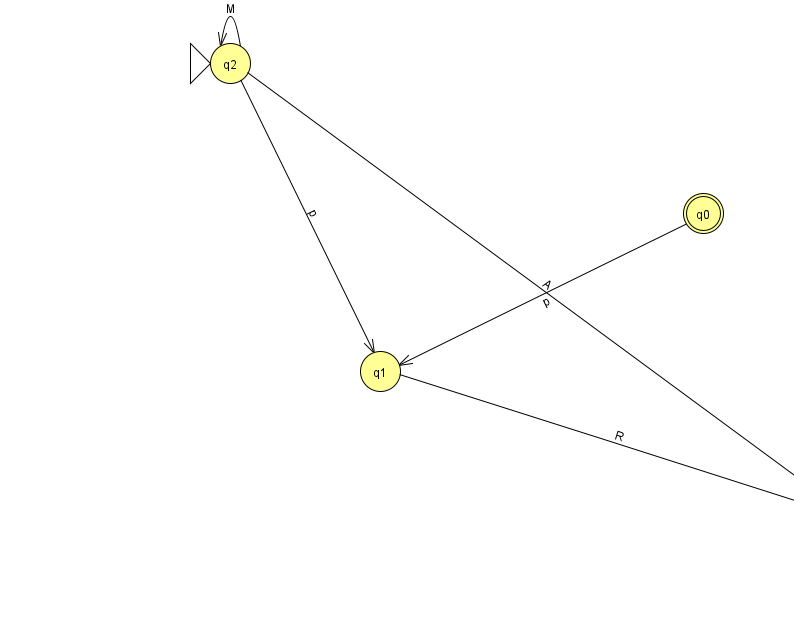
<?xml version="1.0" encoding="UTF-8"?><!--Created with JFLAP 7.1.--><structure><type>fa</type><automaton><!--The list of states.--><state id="0" name="q0"><x>703.0</x><y>200.0</y><final/></state><state id="1" name="q1"><x>380.0</x><y>358.0</y></state><state id="2" name="q2"><x>230.0</x><y>50.0</y><initial/></state><state id="3" name="q3"><x>853.0</x><y>508.0</y></state><!--The list of transitions.--><transition><from>1</from><to>3</to><read>R</read></transition><transition><from>2</from><to>3</to><read>A</read></transition><transition><from>2</from><to>1</to><read>p</read></transition><transition><from>0</from><to>1</to><read>p</read></transition><transition><from>2</from><to>2</to><read>M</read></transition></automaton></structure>